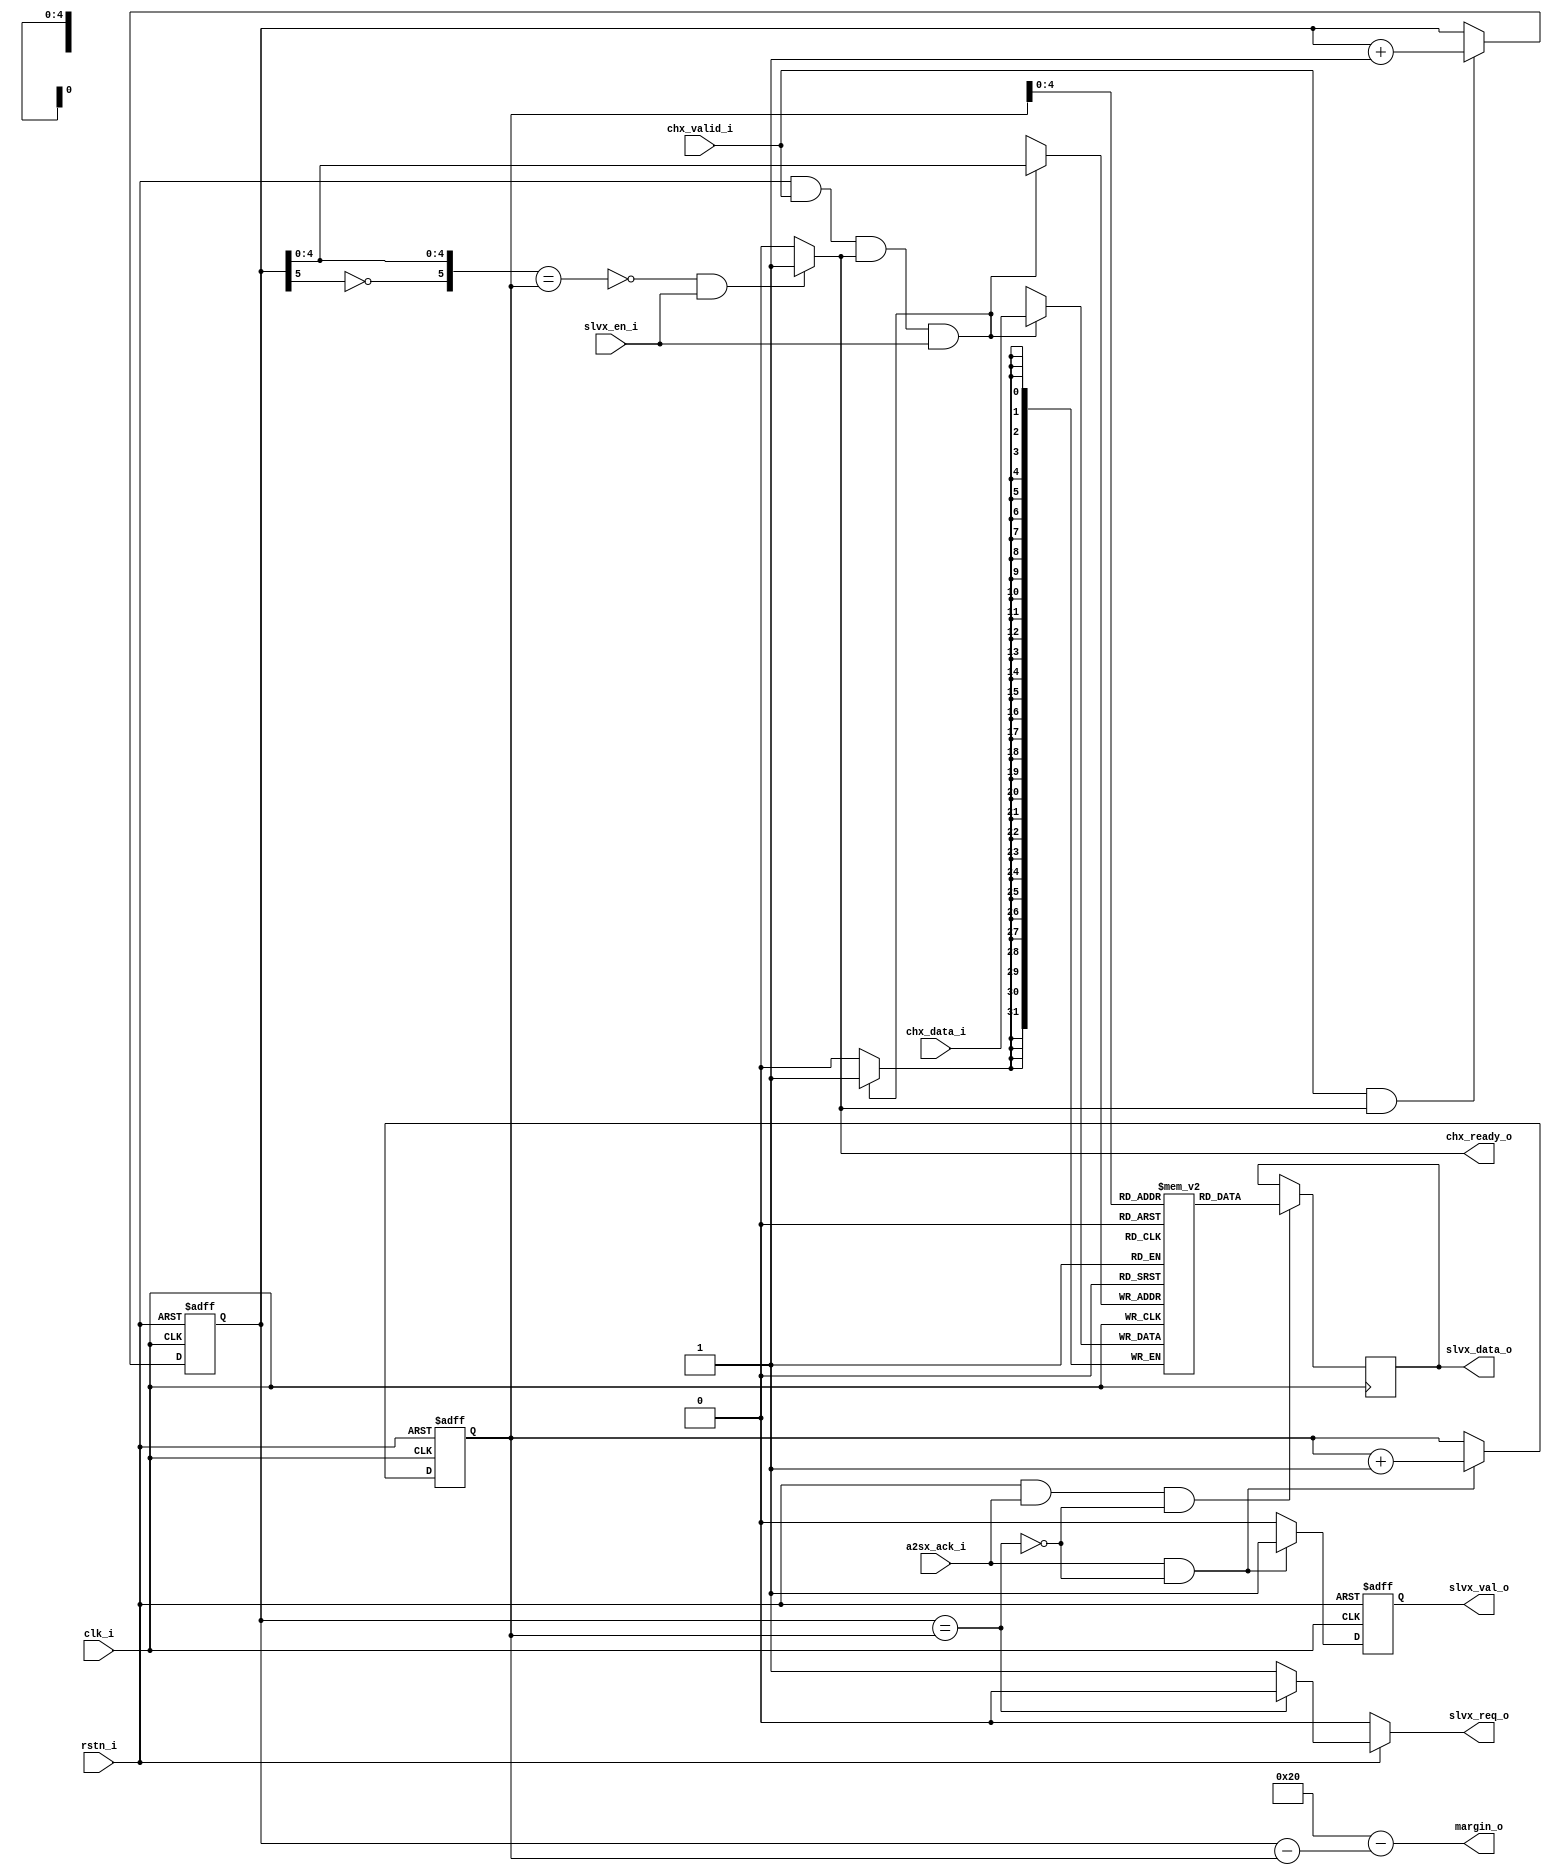
//------------------------------------------------------------------------------------------------------------------------//
//change log 2017-08-20 fix read pointer and write pointer 
//------------------------------------------------------------------------------------------------------------------------//
module slave_fifo (
input                       clk_i,                  // Clock input 
input                       rstn_i,                 // low level effective 
input [31:0]                chx_data_i,             // Data input                 ---->From outside
input                       a2sx_ack_i,             // Read ack                   ---->From Arbiter
input                       slvx_en_i,              // Write enable To Registers  ---->To Register
input                       chx_valid_i,            // Data is valid From outside ---->From Outside
output reg [31:0]           slvx_data_o,            // Data Output                ---->To Arbiter
output [5:0]                margin_o,               // Data margin                ---->To Registers
output reg                  chx_ready_o,            // Ready to accept data       ---->To outside
output reg                  slvx_val_o,             // read acknowledge Keep to handshake with Arbiter ----> To Arbiter
output reg                  slvx_req_o 
);     
//------------------------------Internal variables-------------------//
reg [5:0] wr_pointer_r;
reg [5:0] rd_pointer_r;
reg [31:0] mem [0:31]; //FIFO 32bits width and 32 deepth
//-----------------------------Variable assignments------------------//
wire full_s, empty_s, rd_en_s ;
wire [5:0] data_cnt_s;
assign full_s = ({~wr_pointer_r[5],wr_pointer_r[4:0]}==rd_pointer_r);
assign empty_s = (wr_pointer_r == rd_pointer_r);
assign data_cnt_s = (6'd32 - (wr_pointer_r - rd_pointer_r));
assign margin_o = data_cnt_s;
assign rd_en_s = a2sx_ack_i;

//-----------Code Start---------------------------------------------//
always @ (*) //ready signal
begin
if (!full_s && slvx_en_i) chx_ready_o = 1'b1;//If FIFO is not full and also enabled it is ready to accept data
else chx_ready_o = 1'b0;
end

always @ (*) //reset signal
begin 
  if (!rstn_i) slvx_req_o = 1'b0;
  else if (!empty_s) slvx_req_o = 1'b1;
  else slvx_req_o = 1'b0;
end 

//write pointer increment
always @ (posedge clk_i or negedge rstn_i)
begin : WRITE_POINTER
  if (!rstn_i) begin
    wr_pointer_r <= 6'b0000;
  end else 
  if (chx_valid_i && chx_ready_o) begin
    wr_pointer_r <= wr_pointer_r + 6'b0001;
  end
end

//read pointer increment
always @ (posedge clk_i or negedge rstn_i)
begin : READ_POINTER
  if (!rstn_i) begin
    rd_pointer_r <= 6'b0000;
  end else 
  if (rd_en_s && (!empty_s)) begin
    rd_pointer_r <= rd_pointer_r + 6'b0001;
  end
end

//data output is vaild 
always @ (posedge clk_i or negedge rstn_i)
begin
  if (!rstn_i) slvx_val_o <= 1'b0;
  else if (rd_en_s && (!empty_s))
    slvx_val_o <= 1'b1;
    else slvx_val_o <= 1'b0;
end 

// Memory Read Block 
always  @ (posedge clk_i )
begin : READ_DATA 
  if (rstn_i && rd_en_s && (!empty_s)) begin
    slvx_data_o <= mem[rd_pointer_r[4:0]];
  end
end

// Memory Write Block 
always @ (posedge clk_i)
begin : MEM_WRITE
	if (rstn_i && chx_valid_i && chx_ready_o && slvx_en_i) begin
	  mem[wr_pointer_r[4:0]] <= chx_data_i;
	 end
end

endmodule